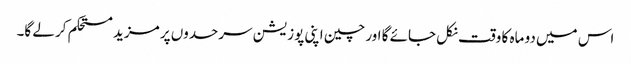
اس میں دو ماہ کا وقت نکل جائے گا اور چین اپنی پوزیشن سرحدوں پر مزید مستحکم کر لے گا۔